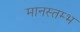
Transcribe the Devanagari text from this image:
मानस्तम्भ